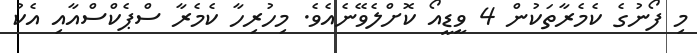
މި ފޯނުގެ ކެމެރާތަކުން 4 ވީޑީއޯ ކޮށްލެވޭނެއެވެ. މިހުރިހާ ކެމެރާ ސްޕެކްސްއާއި އެކު